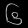
Digit: ၆